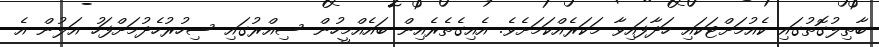
ބާތިލުގޮތުގައި ކެއުމަށްޓަކައި ހަދާފައިވާ މަކަރެއްކަމަށެވެ. އެއިގެތެރެއިން ބައެއްމީހުން ސިއްރުގައި ސިހުރުހެދުމަށްފަހު އަލުން އެ